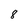
Character: 8